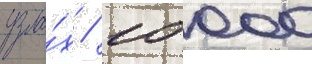
узла́х / 10 000